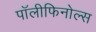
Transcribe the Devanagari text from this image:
पॉलीफिनोल्स